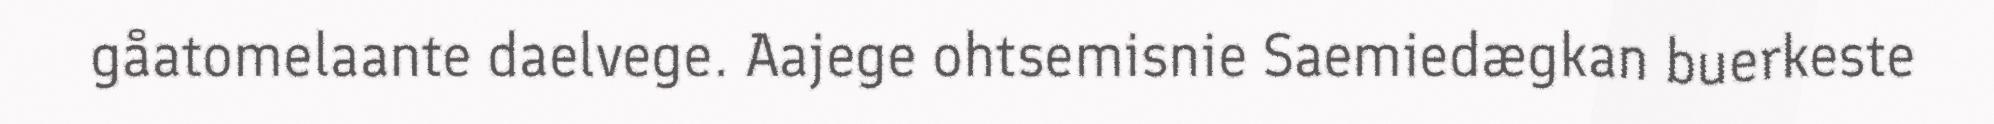
gåatomelaante daelvege. Aajege ohtsemisnie Saemiedægkan buerkeste